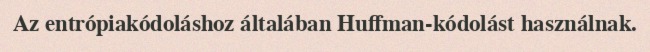
Az entrópiakódoláshoz általában Huffman-kódolást használnak.